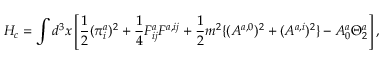
H _ { c } = \int d ^ { 3 } x \left[ \frac { 1 } { 2 } ( \pi _ { i } ^ { a } ) ^ { 2 } + \frac { 1 } { 4 } F _ { i j } ^ { a } F ^ { a , i j } + \frac { 1 } { 2 } m ^ { 2 } \{ ( A ^ { a , 0 } ) ^ { 2 } + ( A ^ { a , i } ) ^ { 2 } \} - A _ { 0 } ^ { a } \Theta _ { 2 } ^ { a } \right] ,